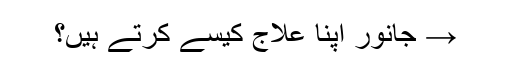
→ جانور اپنا علاج کیسے کرتے ہیں؟